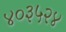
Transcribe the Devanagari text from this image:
४०३५२४